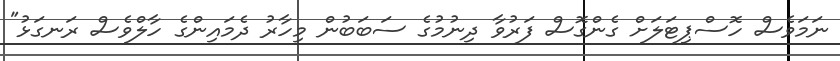
ނަމަވެސް ހޮސްޕިޓަލަށް ގެންގޮސް ފަރުވާ ދިނުމުގެ ސަބަބުން މިހާރު ދެމައިންގެ ހާލްވެސް ރަނގަޅު"